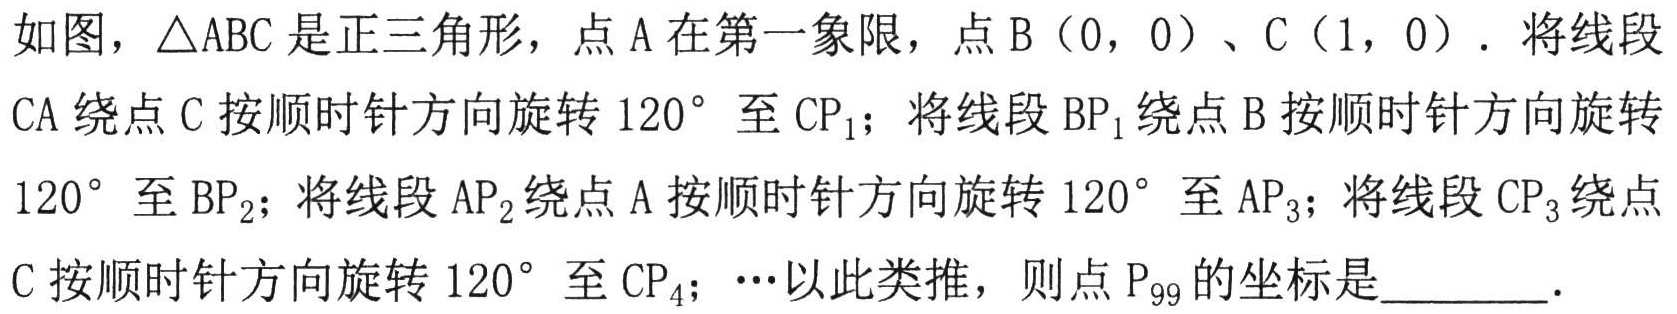
如图，\(\triangle ABC\)是正三角形，点\(A\)在第一象限，点\(B(0,0)\)、\(C(1,0)\)。将线段\(CA\)绕点\(C\)按顺时针方向旋转\(120^{\circ}\)至\(CP_{1}\)；将线段\(BP_{1}\)绕点\(B\)按顺时针方向旋转\(120^{\circ}\)至\(BP_{2}\)；将线段\(AP_{2}\)绕点\(A\)按顺时针方向旋转\(120^{\circ}\)至\(AP_{3}\)；将线段\(CP_{3}\)绕点\(C\)按顺时针方向旋转\(120^{\circ}\)至\(CP_{4}\)；\(\cdots\)以此类推，则点\(P_{99}\)的坐标是  ．